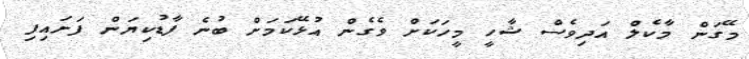
މޭގަން މާކެލް އަދިވެސް ޝާހީ މީހަކަށް ވެގެން އުޅޭކަމަށް ބުނެ ފާޑުކިޔަން ފަށައިފި